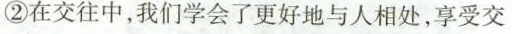
②在交往中，我们学会了更好地与人相处，享受交